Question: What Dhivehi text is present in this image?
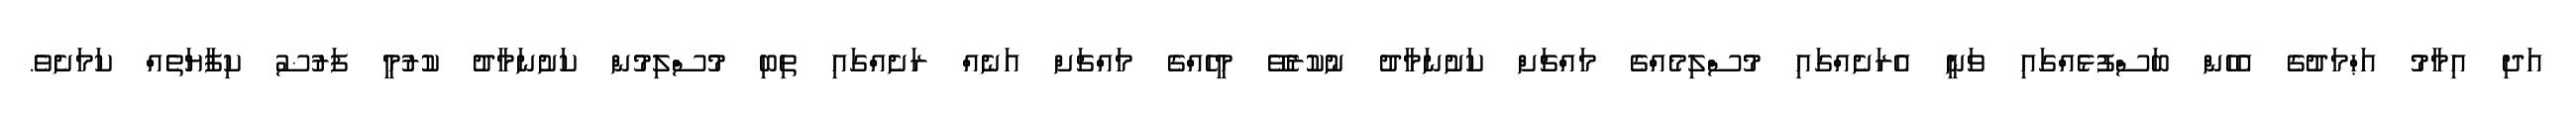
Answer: އަދި އިމާމު އަޙްމަދުގެ އެހެން ބަސްފުޅެއްގައި ވަނީ އެރަށެއްގައި މުސްލިމެއްގެ މައްޗަށް ކަށުނަމާދު ނުކުރެވޭ މީހެއްގެ މައްޗަށް އަނެއް ރަށެއްގައި ތިބި މުސްލިމުން ކަށުނަމާދު ކުރުމީ ފަރުޟު ކިފާޔަތެއް ކަމަށެވެ.